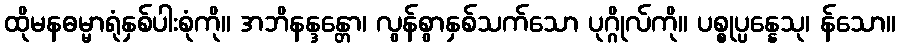
ထိုမနဓမ္မာရုံနှစ်ပါးစုံကို။ အဘိနန္ဒန္တော၊ လွန်စွာနှစ်သက်သော ပုဂ္ဂိုလ်ကို။ ပစ္စုပ္ပန္နေသု၊ န်သော။